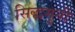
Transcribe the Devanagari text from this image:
सिद्धमुनी